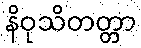
နိဝုသိတတ္တာ